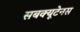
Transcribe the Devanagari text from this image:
सबक्यूटेनस